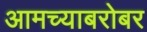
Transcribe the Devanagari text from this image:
आमच्याबरोबर